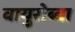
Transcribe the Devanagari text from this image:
वायुसेब्वा